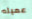
عميله